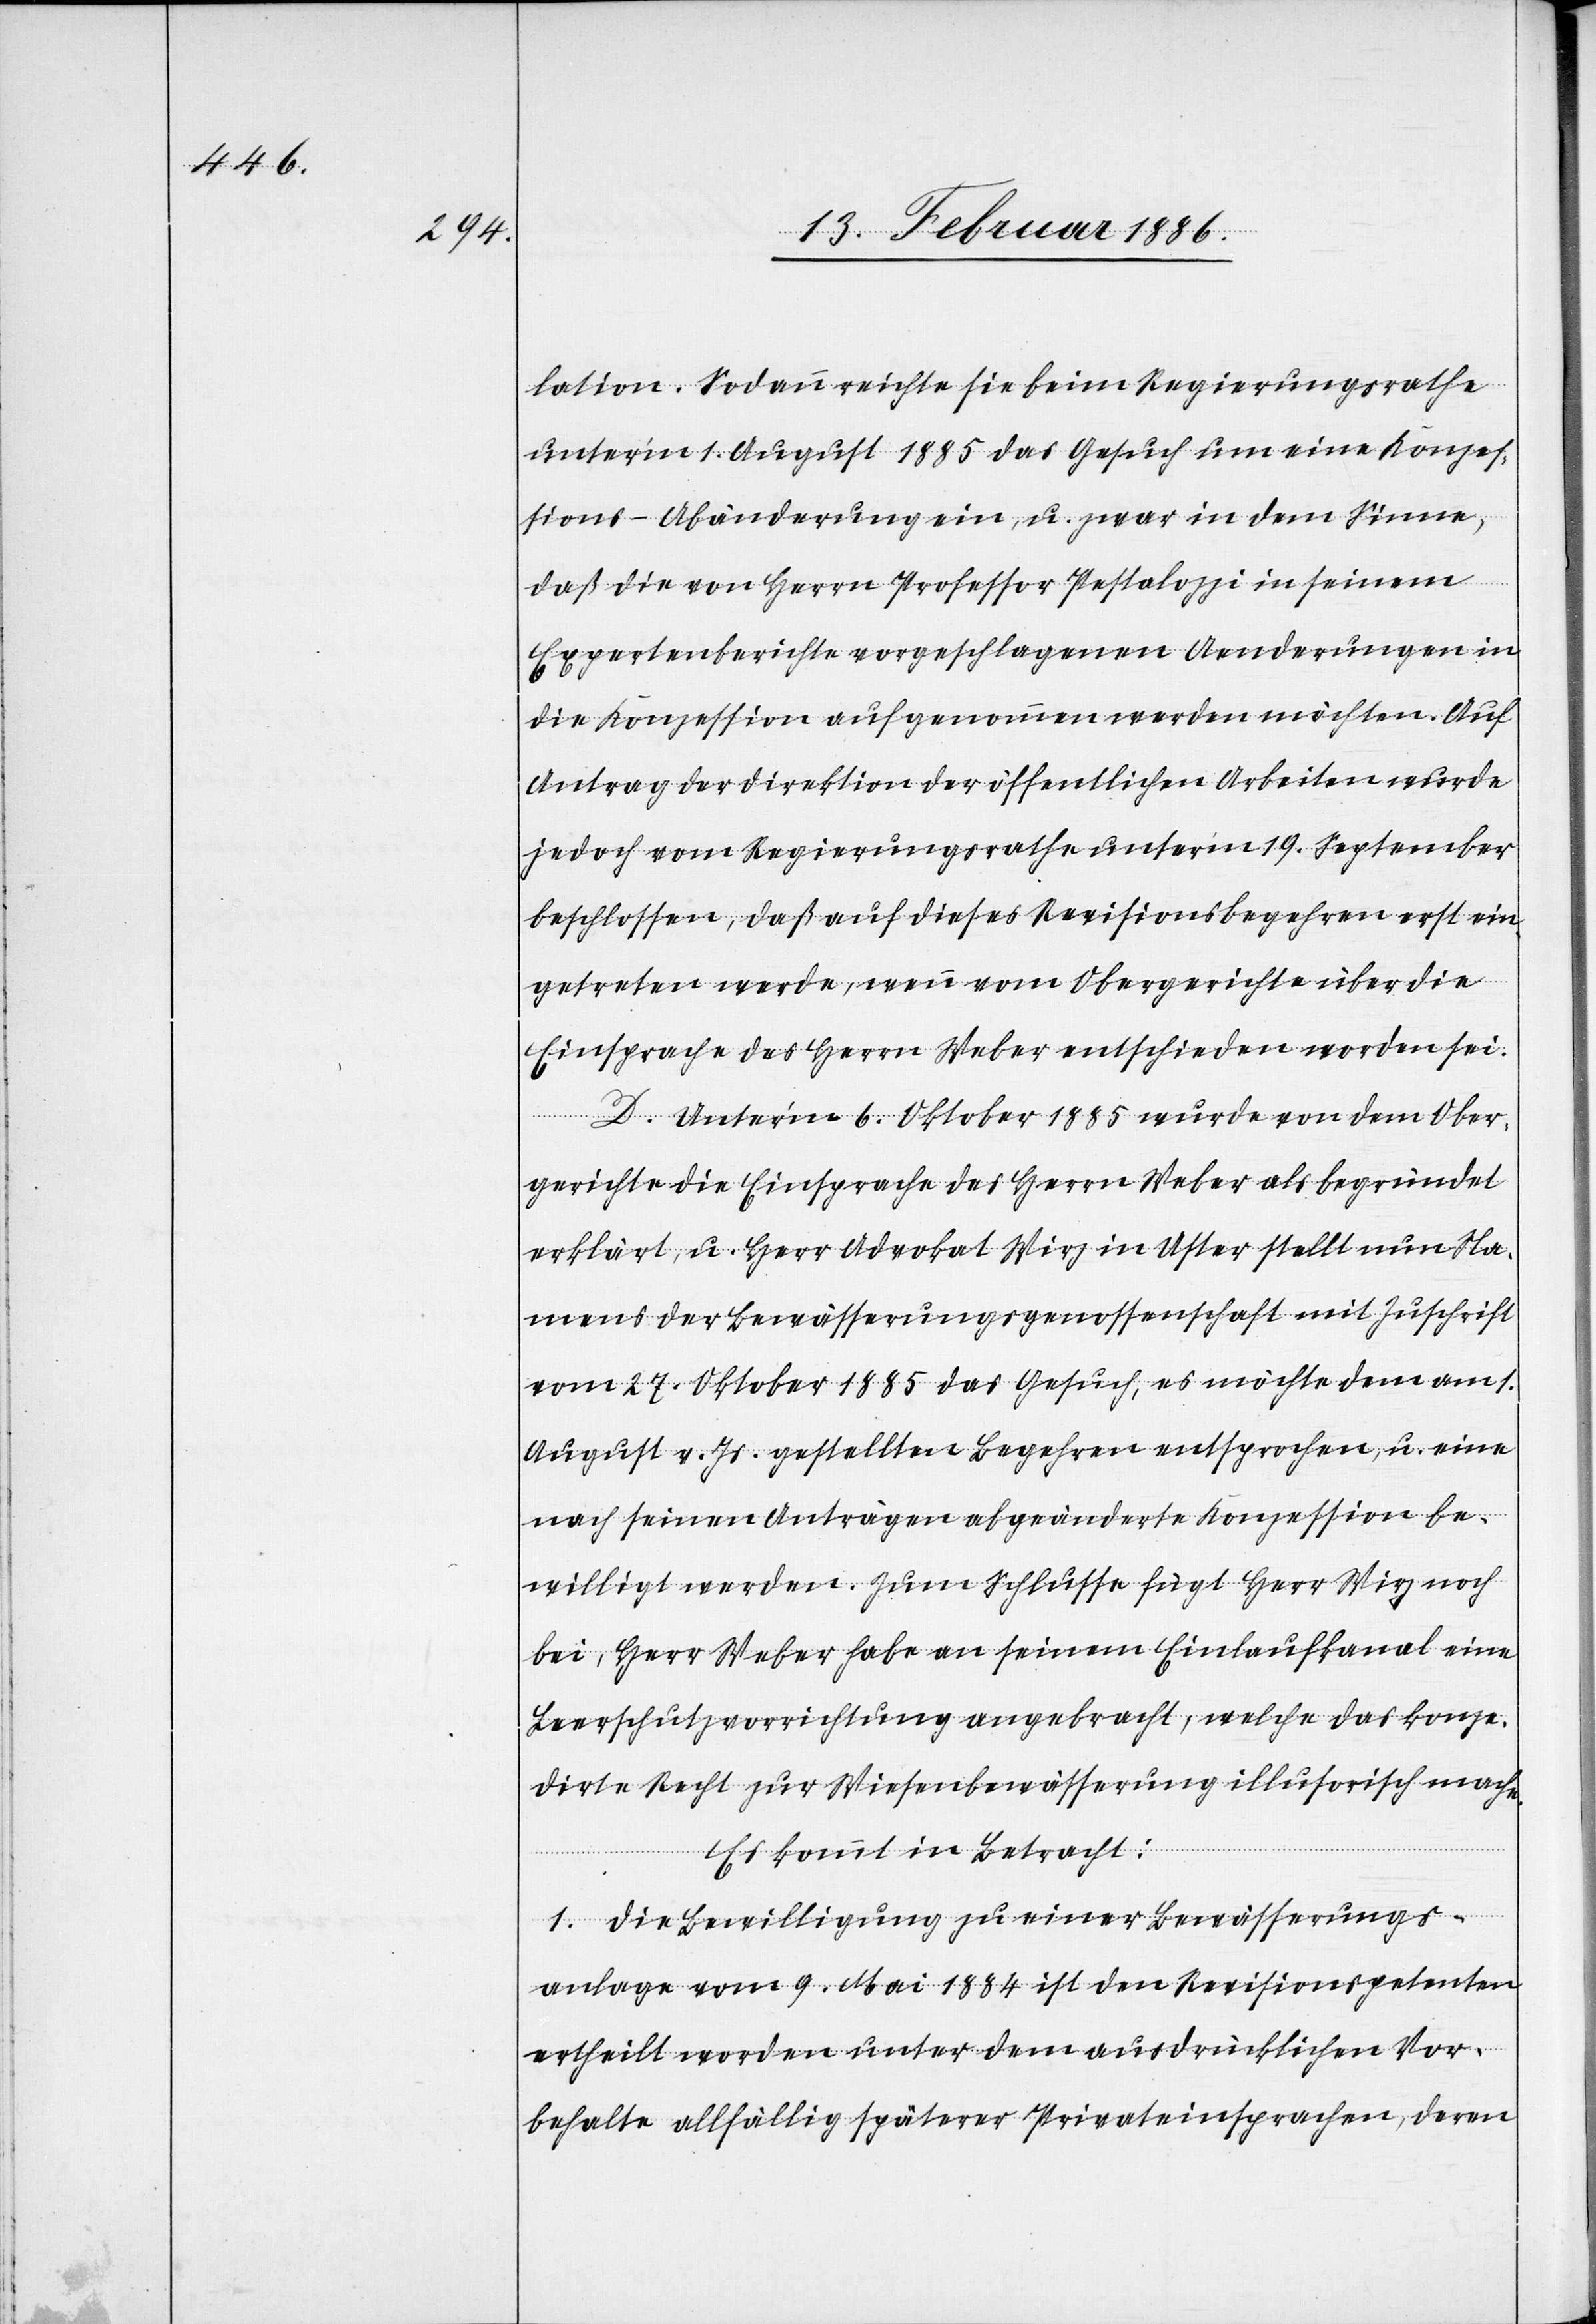
lation. Sodann reichte sie beim Regierungsrathe
unter’m 1. August 1885 das Gesuch um eine Konzes¬
sions-Abänderung ein, u. zwar in dem Sinne,
daß die von Herrn Professor Pestalozzi in seinem
Expertenberichte vorgeschlagenen Aenderungen in
die Konzession aufgenommen werden möchten. Auf
Antrag der Direktion der öffentlichen Arbeiten wurde
jedoch vom Regierungsrathe unterm 19. September
beschlossen, daß auf dieses Revisionsbegehren erst ein¬
getreten werde, wenn vom Obergerichte über die
Einsprache des Herrn Weber entschieden worden sei.
D. Unter’m 6. Oktober 1885 wurde von dem Ober¬
gerichte die Einsprache des Herrn Weber als begründet
erklärt, u. Herr Advokat Wirz in Uster stellt nun Na¬
mens der Bewässerungsgenossenschaft mit Zuschrift
vom 27. Oktober 1885 das Gesuch, es möchte dem am 1.
August v. Js. gestellten Begehren entsprochen, u. eine
nach seinen Anträgen abgeänderte Konzession be¬
willigt werden. Zum Schlusse fügt Herr Wirz noch
bei, Herr Weber habe an seinem Einlaufkanal eine
Leerschutzvorrichtung angebracht, welche das konze¬
dirte Recht zur Wiesenbewässerung illusorisch mache.
Es kommt in Betracht:
1. Die Bewilligung zu einer Bewässerungs¬
anlage vom 9. Mai 1884 ist den Revisionspetenten
ertheilt worden unter dem ausdrücklichen Vor¬
behalte allfällig späterer Privateinsprachen, deren